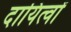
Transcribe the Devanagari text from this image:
दायित्‍वों